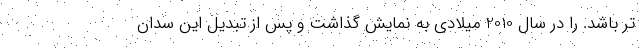
تر باشد. را در سال 2010 میلادی به نمایش گذاشت و پس از تبدیل این سدان